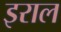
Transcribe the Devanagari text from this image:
इराल